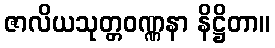
ဇာလိယသုတ္တဝဏ္ဏနာ နိဋ္ဌိတာ။